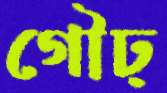
গৌঢ়